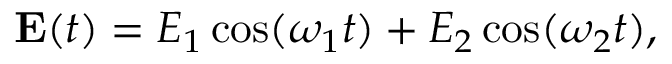
\mathbf { E } ( t ) = E _ { 1 } \cos ( \omega _ { 1 } t ) + E _ { 2 } \cos ( \omega _ { 2 } t ) ,